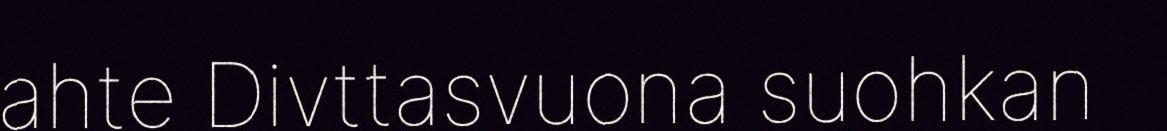
ahte Divttasvuona suohkan